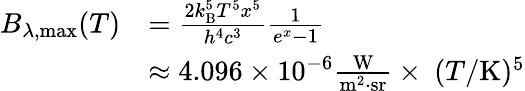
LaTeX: {\begin{array}{rl}{B_{\lambda,{\mathrm{max}}}(T)}&{={\frac{2k_{\mathrm{B}}^{5}T^{5}x^{5}}{h^{4}c^{3}}}{\frac{1}{e^{x}-1}}}\\ &{\approx 4.096\times 10^{-6}{\frac{\mathrm{W}}{{\mathrm{m}}^{2}\cdot{\mathrm{sr}}}}\times~(T/{\mathrm{K}})^{5}}\end{array}}